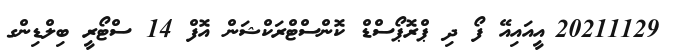
20211129_އީއައިއޭ ފޯ ދި ޕްރޮޕޯސްޑް ކޮންސްޓްރަކްޝަން އޮފް 14 ސްޓޯރީ ބިލްޑިންގ